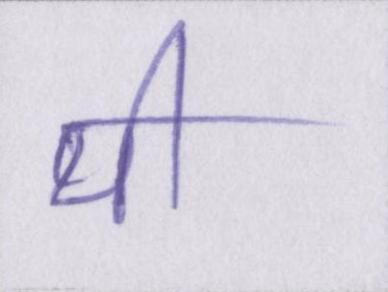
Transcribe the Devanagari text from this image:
थी